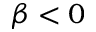
\beta < 0